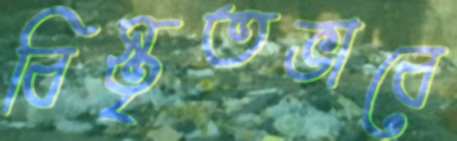
বিস্তৃতভাবে